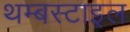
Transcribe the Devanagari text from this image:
थम्बस्टाइल